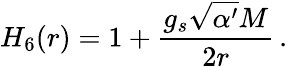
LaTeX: H_{6}(r)=1+\frac{g_{s}\sqrt{\alpha^{\prime}}M}{2r}\, .